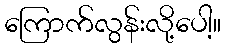
ကြောက်လွန်းလို့ပေါ့။